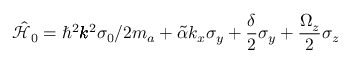
\hat { \mathcal { H } } _ { 0 } = \hbar ^ { 2 } \pmb { k } ^ { 2 } \sigma _ { 0 } / 2 m _ { a } + \tilde { \alpha } k _ { x } \sigma _ { y } + \frac { \delta } { 2 } \sigma _ { y } + \frac { \Omega _ { z } } { 2 } \sigma _ { z }